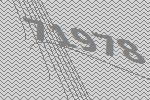
71978